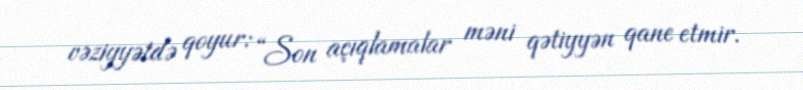
vəziyyətdə qoyur: “Son açıqlamalar məni qətiyyən qane etmir.